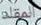
المقلد